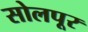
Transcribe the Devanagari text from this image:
सोलपूर